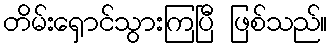
တိမ်းရှောင်သွားကြပြီ ဖြစ်သည်။